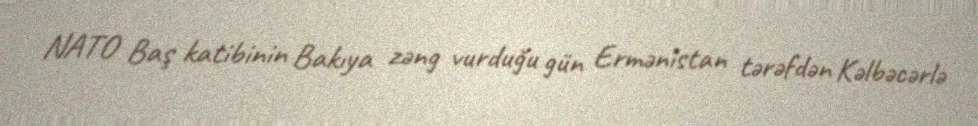
NATO Baş katibinin Bakıya zəng vurduğu gün Ermənistan tərəfdən Kəlbəcərlə